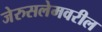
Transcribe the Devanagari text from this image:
जेरुसलेमवरील